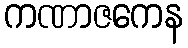
ကဏာဇကေန